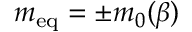
m _ { \mathrm { { e q } } } = \pm m _ { 0 } ( \beta )